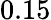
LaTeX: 0.15